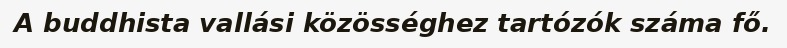
A buddhista vallási közösséghez tartózók száma fő.